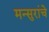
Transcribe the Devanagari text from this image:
मन्सुरांचे